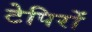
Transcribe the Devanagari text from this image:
टेपिरों